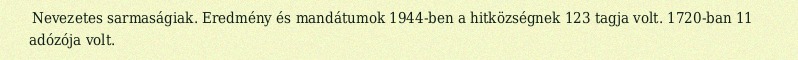
Nevezetes sarmaságiak. Eredmény és mandátumok 1944-ben a hitközségnek 123 tagja volt. 1720-ban 11 adózója volt.